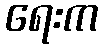
ရေးက